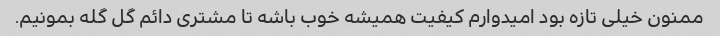
ممنون خیلی تازه بود امیدوارم کیفیت همیشه خوب باشه تا مشتری دائم گل گله بمونیم.